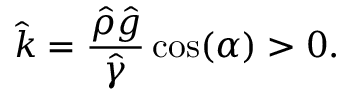
\hat { k } = \frac { \hat { \rho } \hat { g } } { \hat { \gamma } } \cos ( \alpha ) > 0 .